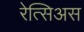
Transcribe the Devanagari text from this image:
रेत्सिअस